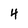
Character: 4